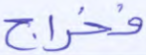
فخراج